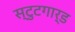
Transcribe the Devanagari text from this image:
स्टुटगार्ड